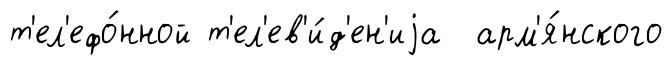
т'ел'ефо́нной т'ел'ев'и́д'ен'иjа арм'я́нского